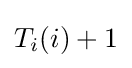
T_{i}(i)+1